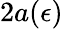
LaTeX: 2a(\epsilon)